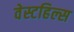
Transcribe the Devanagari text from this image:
वेस्टहिल्स